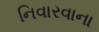
નિવારવાના